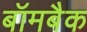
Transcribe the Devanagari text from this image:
बॉमबैक